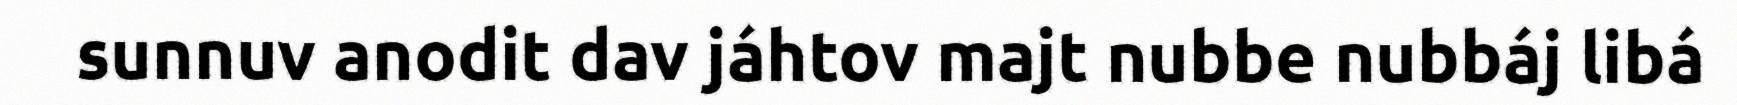
sunnuv anodit dav jáhtov majt nubbe nubbáj libá